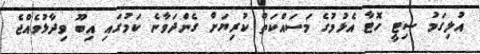
އުލިގަމު ސިޓީ ހޮޓާ އެޅުމުގެ މަސައްކަތް ކުރިޔަށް ގެންދަވާނެ ކަމުގައި އިބޫ ވިދާޅުވެއްޖެ